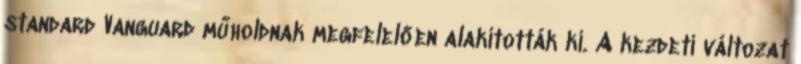
standard Vanguard műholdnak megfelelően alakították ki. A kezdeti változat